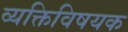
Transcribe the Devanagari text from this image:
व्यक्तिविषयक